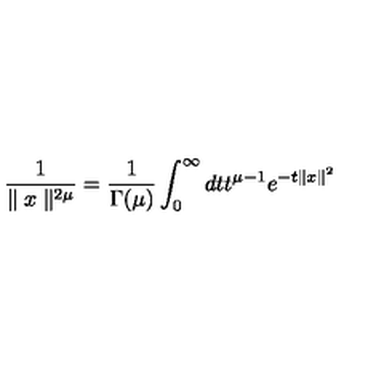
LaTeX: \frac { 1 } { \parallel x \parallel ^ { 2 \mu } } = \frac { 1 } { \Gamma ( \mu ) } \int _ { 0 } ^ { \infty } d t t ^ { \mu - 1 } e ^ { - t \parallel x \parallel ^ { 2 } }